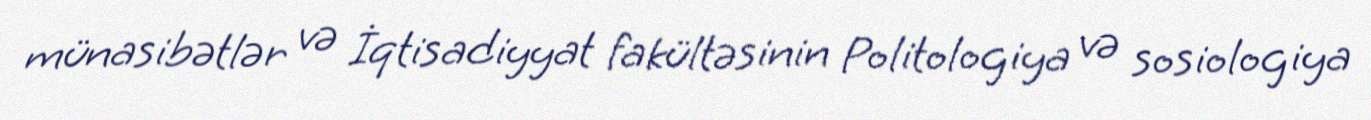
münasibətlər və İqtisadiyyat fakültəsinin Politologiya və sosiologiya